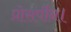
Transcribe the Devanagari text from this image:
प्रोसर्पीन।